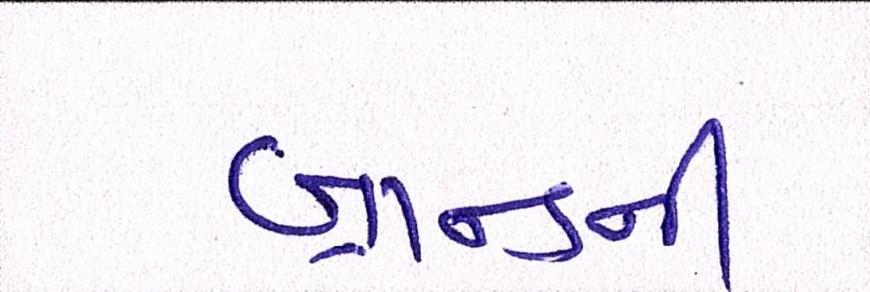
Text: બ્રાન્ડની